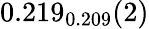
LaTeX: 0.219_{0.209}(2)